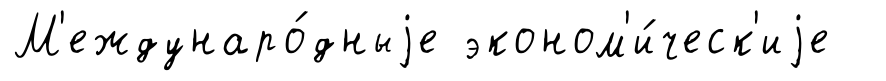
М'еждунаро́дныjе эконом'и́ческ'иjе